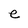
Character: e